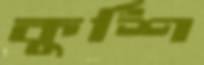
কুর্শি